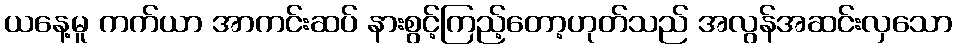
ယနေ့မူ ကက်ယာ အာကင်းဆပ် နားစွင့်ကြည့်တော့ဟုတ်သည် အလွန်အဆင်းလှသော